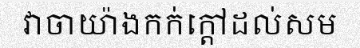
វាចាយ៉ាងកក់ក្តៅដល់សម